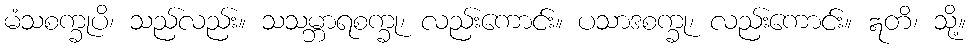
မံသစက္ခုပိ၊ သည်လည်း။ သသမ္ဘာရစက္ခု၊ လည်းကောင်း။ ပသာဒစက္ခု၊ လည်းကောင်း။ ဣတိ၊ သို့။